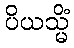
ပိယသ္မိံ